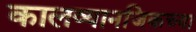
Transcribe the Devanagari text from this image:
कालव्यानजिकच्या